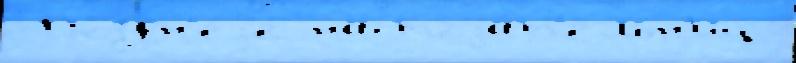
 Поздн'еjе настоjа́т'ельн'иц